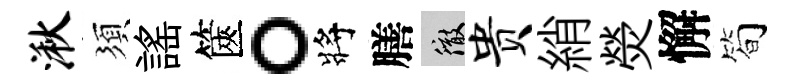
湫須謡篋。將膳徹贵綃熒懈简